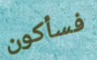
فسأكون